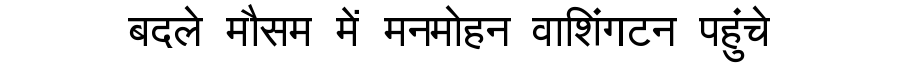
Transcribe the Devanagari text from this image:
बदले मौसम में मनमोहन वाशिंगटन पहुंचे